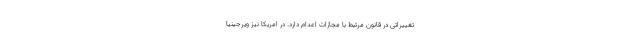
تغییراتی در قانون مرتبط با مجازات اعدام دارد. در امریکا نیز ویرجینیا